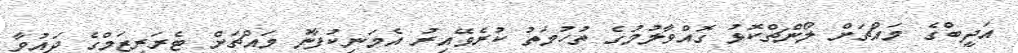
އަދީބްގެ މައްޗަށް ލޯންޗްކޮޅު ގޮއްވާލުމުގެ ތުހުމަތު ކުރެވޭއިރު އެމަނިކުފާނު މައްޗަށް ޓެރަރިޒަމްގެ ދައުވާ